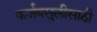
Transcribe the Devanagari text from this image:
कर्जवसुलीसाठी